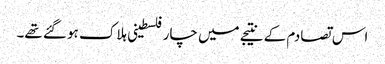
اس تصادم کے نتیجے میں چار فلسطینی ہلاک ہو گئے تھے۔